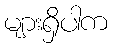
များရှိပါက